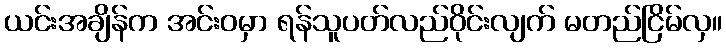
ယင်းအချိန်က အင်းဝမှာ ရန်သူပတ်လည်ဝိုင်းလျက် မတည်ငြိမ်လှ။